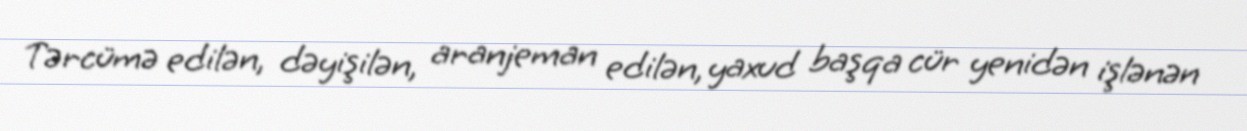
Tərcümə edilən, dəyişilən, aranjeman edilən, yaxud başqa cür yenidən işlənən